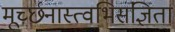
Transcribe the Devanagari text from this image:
मूर्च्छनास्त्वभिसंज्ञिता